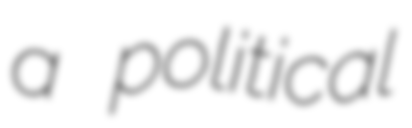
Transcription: a political